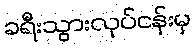
ခရီးသွားလုပ်ငန်းမှ